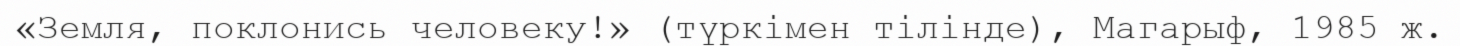
«Земля, поклонись человеку!» (түркімен тілінде), Магарыф, 1985 ж.